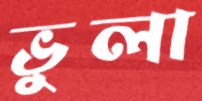
ভুলা